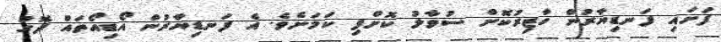
ފަށައި ފަނޑިޔާރުން ހާޒިރުކޮށް ސުވާލު ކޮށްފި ކަމަށެވެ. އެ ފަނޑިޔާރުން އޯޑިއޯތައް ދޮގު